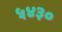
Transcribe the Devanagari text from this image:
५४३०